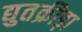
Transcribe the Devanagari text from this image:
द्युतक्रीड़ा